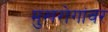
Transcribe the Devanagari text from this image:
मुखरोगांवर